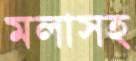
মলাসহ